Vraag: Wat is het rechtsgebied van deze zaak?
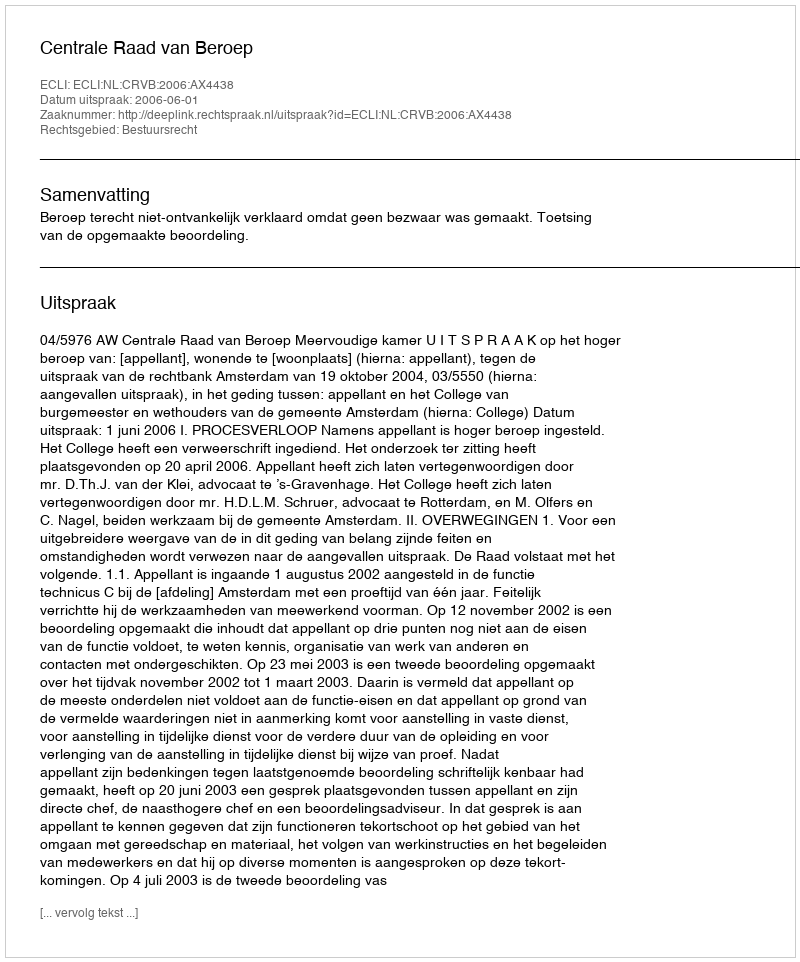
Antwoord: Bestuursrecht